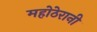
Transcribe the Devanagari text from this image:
महोठेरानी